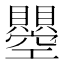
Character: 𧸵